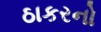
ઠાકરનો